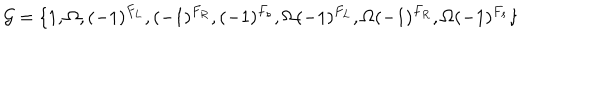
LaTeX: { \cal G } = \{ 1 , \Omega , ( - 1 ) ^ { F _ { L } } , ( - 1 ) ^ { F _ { R } } , ( - 1 ) ^ { F _ { s } } , \Omega ( - 1 ) ^ { F _ { L } } , \Omega ( - 1 ) ^ { F _ { R } } , \Omega ( - 1 ) ^ { F _ { s } } \}